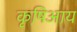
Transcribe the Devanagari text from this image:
कृषिआय